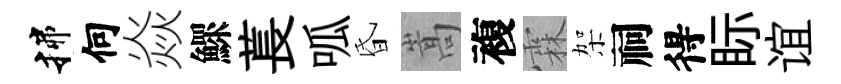
揲何焱鰥萇呱昏嵩複霖架祠得眎谊